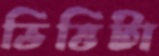
ভিত্তিটা